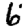
Digit: 6